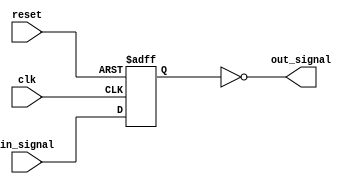
module TimingControlAndInverterDelay(
    input wire clk,
    input wire reset,
    input wire in_signal,
    output wire out_signal
);

reg inverter_output;

// Timing control block
always @(posedge clk or posedge reset) begin
    if(reset) begin
        // Reset logic
        inverter_output <= 1'b0;
    end else begin
        // Generate clock signal to drive Inverter Delay block
        // Add any timing constraints here
        inverter_output <= in_signal; // Pass input signal to Inverter Delay block
    end
end

// Inverter Delay block
assign out_signal = ~inverter_output;

endmodule